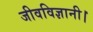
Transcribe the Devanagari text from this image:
जीवविज्ञानी।